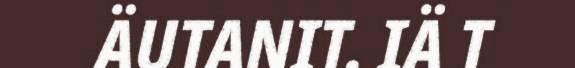
ÄUTANIT. IÄ T